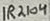
Text: IR2104